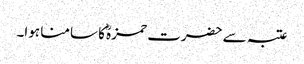
عتبہ سے حضرت حمزہؓ کا سامنا ہوا۔